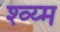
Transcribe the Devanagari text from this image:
श्व्य्म